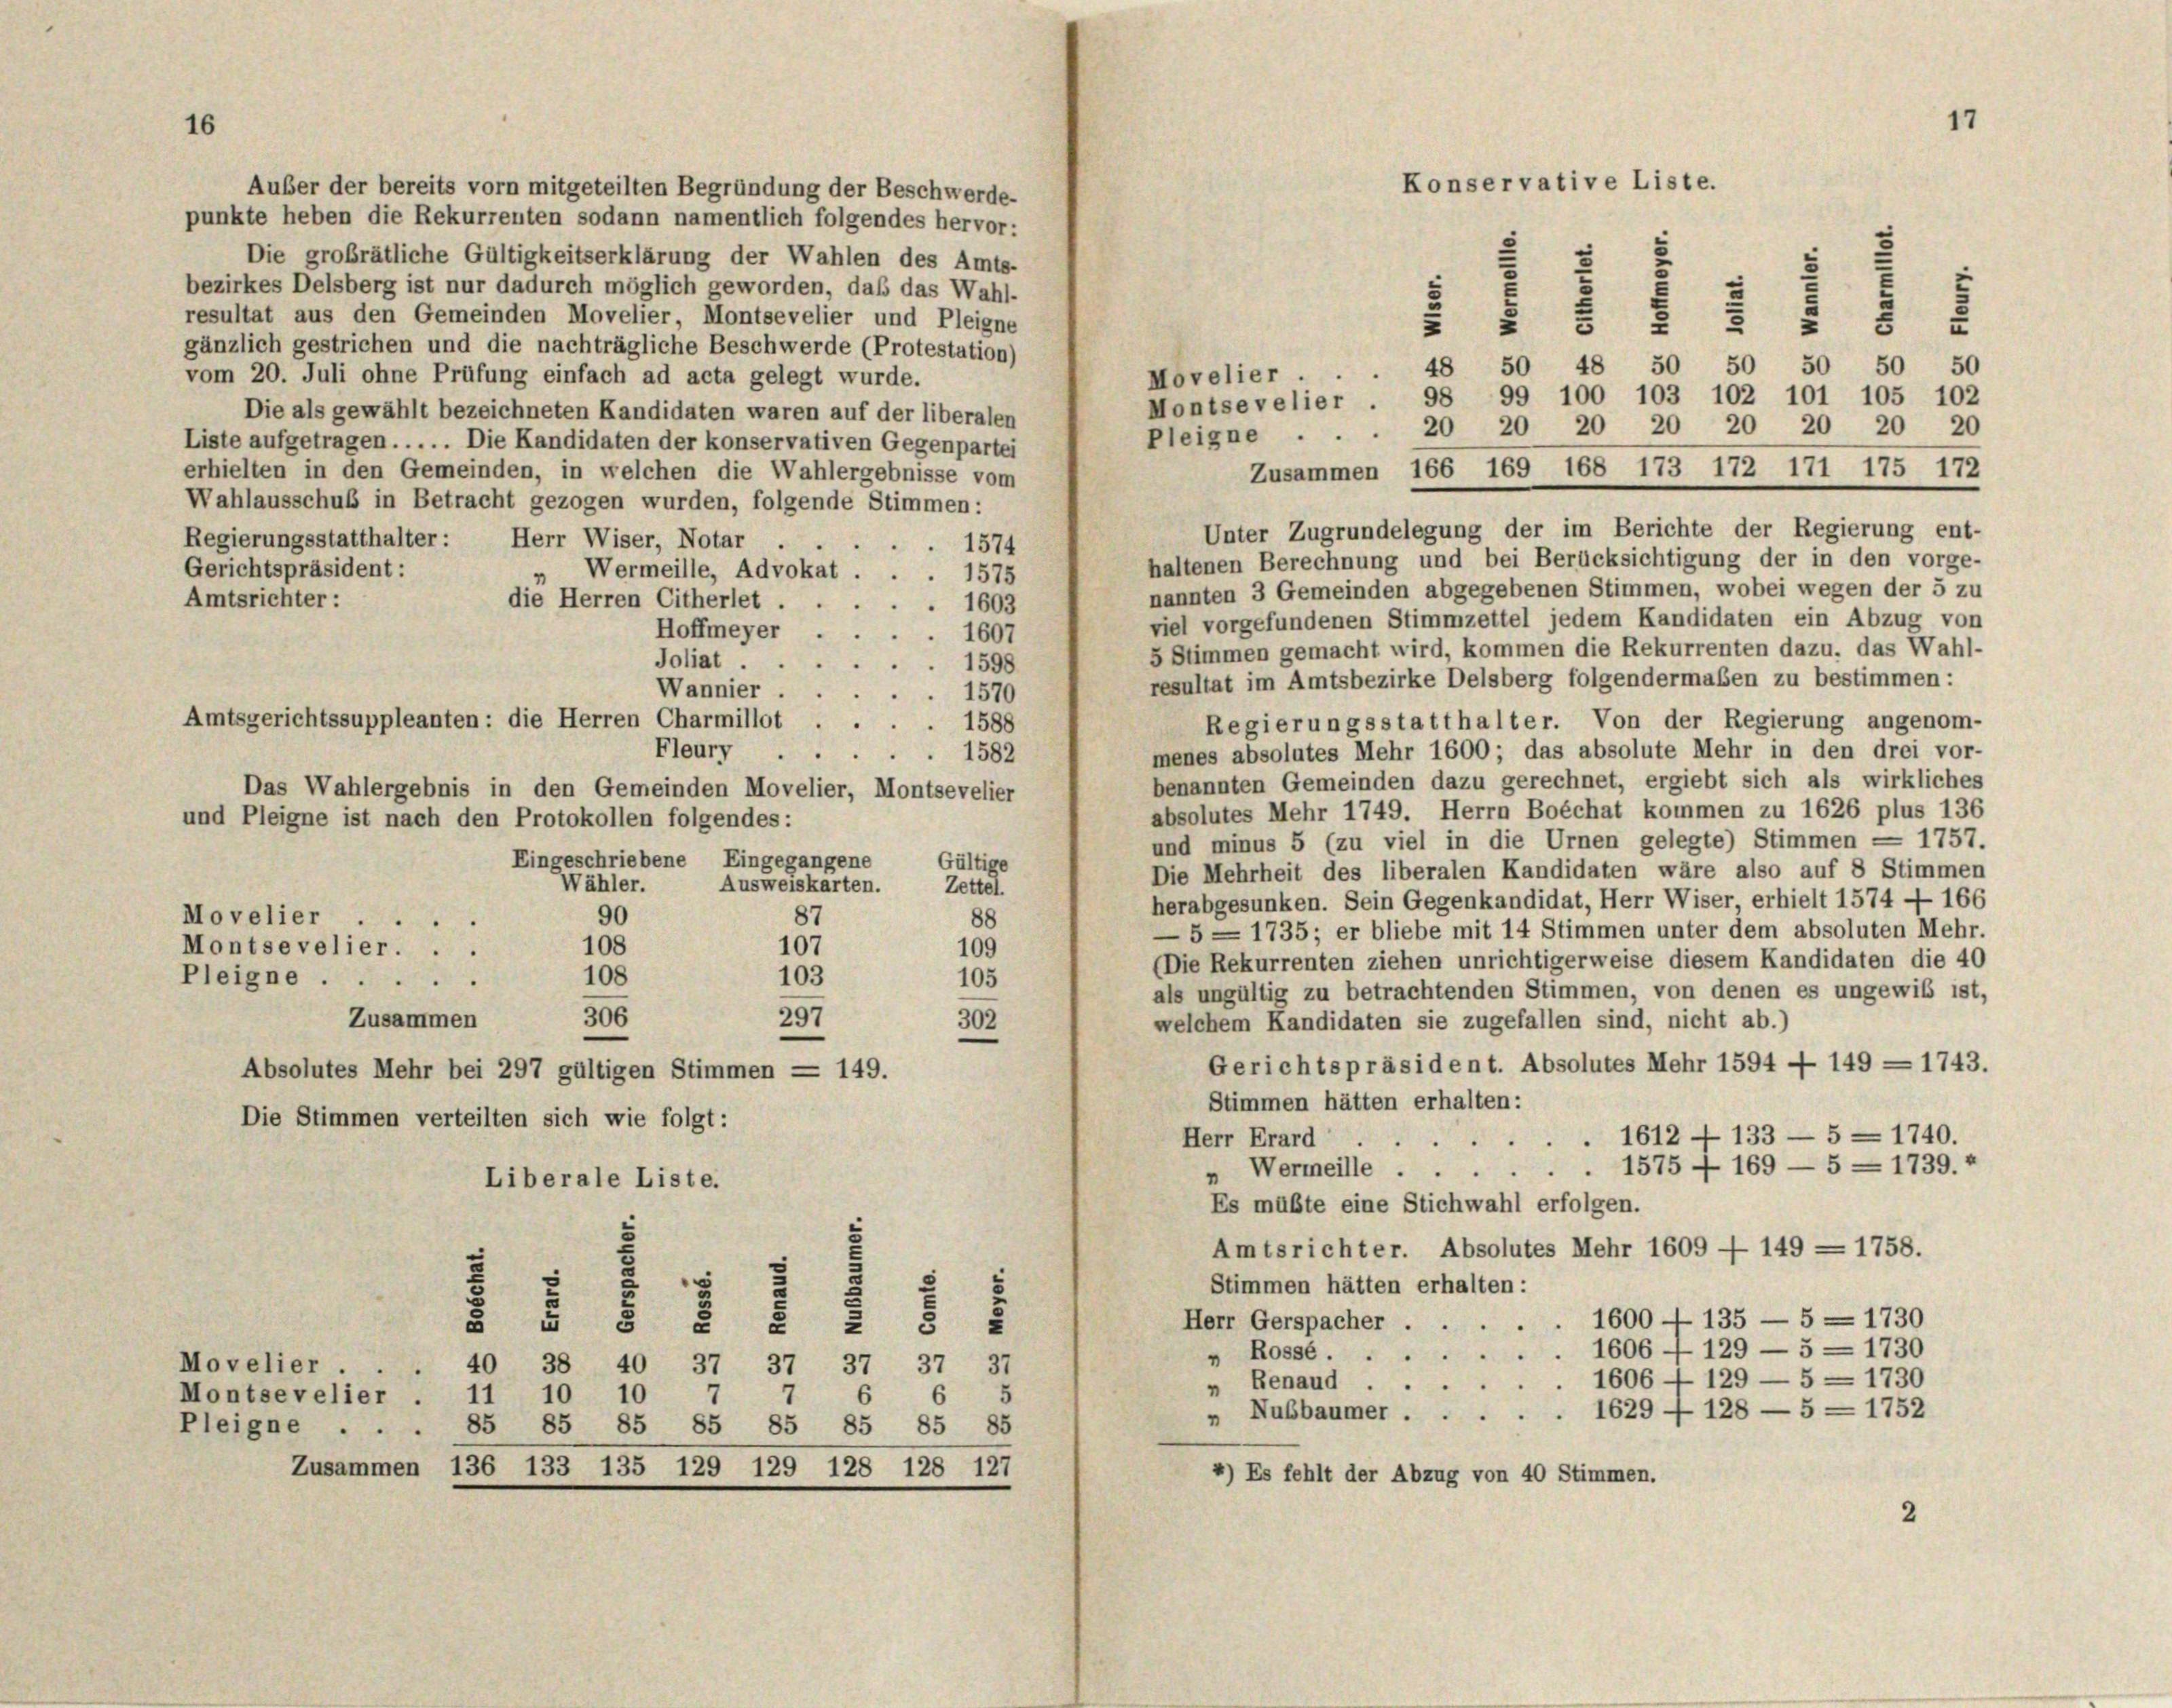
16

Auber der bereits vorn mitgeteilten Begründung der Beschwerde-
punkte heben die Rekurrenten sodann namentlich folgendes hervor:
Die großrätliche Gültigkeitserklärung der Wahlen des Amts-
bezirkes Delsberg ist nur dadurch möglich geworden, daß das Wahl-
resultat aus den Gemeinden Movelier, Montsevelier und Pleigne
gänzlich gestrichen und die nachträgliche Beschwerde (Protestation)
48 50 48 50 50 50 50 50
vom 20. Juli ohne Prüfung einfach ad acta gelegt wurde.
Movelier
Montsevelier . 98 99 100 103 102 101 105 102
Die als gewählt bezeichneten Kandidaten waren auf der liberalen
Pleigne . . . 20 20 20 20 20 20 20 20
Liste aufgetragen . . . . . Die Kandidaten der konservativen Gegenpartei
erhielten in den Gemeinden, in welchen die Wahlergebnisse vom
Wahlausschuß in Betracht gezogen wurden, folgende Stimmen:
Regierungsstatthalter: Herr Wiser, Notar
1574
haltenen Berechnung und bei Berücksichtigung der in den vorge-
Gerichtspräsident:
Wermeille, Advokat . . . 1575
“
nannten 3 Gemeinden abgegebenen Stimmen, wobei wegen der 5 zu
Amtsrichter:
die Herren Citherlet,
1603
viel vorgefundenen Stimmzettel jedem Kandidaten ein Abzug von
Hoffmeyer
 1607
5 Stimmen gemacht wird, kommen die Rekurrenten dazu, das Wahl-
Joliat ..
1598
resultat im Amtsbezirke Delsberg folgendermaßen zu bestimmen:
Wannier
1570
Amtsgerichtssuppleanten: die Herren Charmillot
Regierungsstatthalter. Von der Regierung angenom-
1588
menes absolutes Mehr 1600; das absolute Mehr in den drei vor-
Fleury
1582
benannten Gemeinden dazu gerechnet, ergiebt sich als wirkliches
Das Wahlergebnis in den Gemeinden Movelier, Montsevelier
absolutes Mehr 1749. Herrn Boéchat kommen zu 1626 plus 136
und Pleigne ist nach den Protokollen folgendes:
und minus 5 (zu viel in die Urnen gelegte) Stimmen = 1757.
Eingeschriebene Eingegangene
Gültige
Die Mehrheit des liberalen Kandidaten wäre also auf 8 Stimmen
Ausweiskarten.
Wähler.
Zettel.
herabgesunken. Sein Gegenkandidat, Herr Wiser erhielt 1574 — 166
90
Mo velier
87
88
—5 — 1735; er bliebe mit 14 Stimmen unter dem absoluten Mehr-
107
108
109
Montsevelier...
(Die Rekurrenten ziehen unrichtigerweise diesem Kandidaten die 40
Pleigne.
103
108
105
als ungültig zu betrachtenden Stimmen, von denen es ungewiß ist,
297
306
Zusammen
302
welchem Kandidaten sie zugefallen sind, nicht ab.)
Gerichtspräsident. Absolutes Mehr 1594 — 149 = 1743.
Absolutes Mehr bei 297 gültigen Stimmen = 149.
Stimmen hätten erhalten:
Die Stimmen verteilten sich wie folgt:
1612 - 133 — 5 = 1740.
Herr Erard
1575 — 169 — 5 = 1739.
» Wermeille.
Liberale Liste.
Es müßte eine Stichwahl erfolgen.
Amtsrichter. Absolutes Mehr 1609 - 149 - 1758.
e
Stimmen hätten erhalten:
5
1600 — 135 — 5 = 1730
Herr Gerspacher
8 50
§ 5
" Rosse 1606 — 129 — 5 = 1730
Movelier.
40 38 40 37 37 37 37 37
1606 — 129 — 5 = 1730
„ Benaud.
11 10 10
6 6
Montsevelier
" Nußbaumer 1629 - 128 — 5 = 1752
85
Pleigne
85 85 85 85 85 85 85
Zusammen 136 133 135 129 129 128 128 127
4) Es fehlt der Abzug von 40 Stimmen.
2

17
Konservative Liste.
1 § 111 7
8

Zusammen 166 169 168 173 172 171 175 172

Unter Zugrundelegung der im Berichte der Regierung ent-